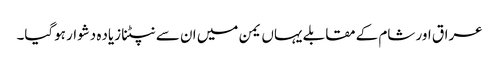
عراق اور شام کے مقابلے یہاں یمن میں ان سے نپٹنا زیاده دشوار ہوگیا۔